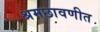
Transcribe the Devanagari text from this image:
श्रमछावणीत